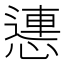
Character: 㦁